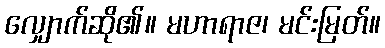
လျှောက်ဆို၏။ မဟာရာဇ၊ မင်းမြတ်။